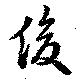
俊